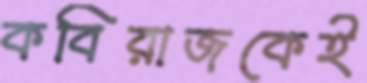
কবিরাজকেই